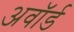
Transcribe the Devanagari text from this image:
अवाॅर्ड